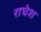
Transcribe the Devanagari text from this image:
राघेश